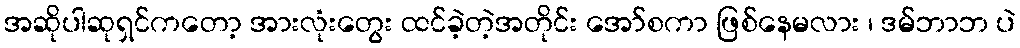
အဆိုပါဆုရှင်ကတော့ အားလုံးတွေး ထင်ခဲ့တဲ့အတိုင်း အော်စကာ ဖြစ်နေမလား ၊ ဒမ်ဘာဘ ပဲ